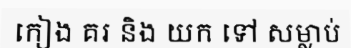
កៀង គរ និង យក ទៅ សម្លាប់